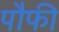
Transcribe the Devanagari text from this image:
पौफी